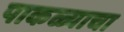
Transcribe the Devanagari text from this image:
पाकळ्याचा